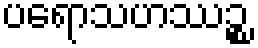
ပရောသဟဿဉ္စ